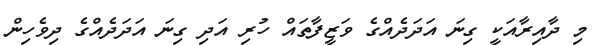
މި ދާއިރާއަކީ ގިނަ އަދަދެއްގެ ވަޒީފާތައް ހުރި އަދި ގިނަ އަދަދެއްގެ ދިވެހިން